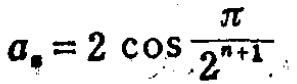
\(a_{n}=2\cos\frac{\pi}{2^{n + 1}}\)